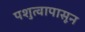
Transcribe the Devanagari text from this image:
पशुत्वापासून